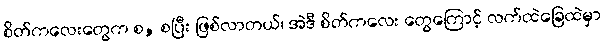
စိတ်ကလေးတွေက စ, စပြီး ဖြစ်လာတယ်၊ အဲဒီ စိတ်ကလေး တွေကြောင့် လက်ထဲခြေထဲမှာ